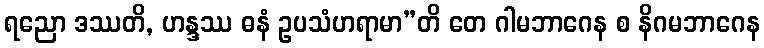
ရညော ဒဿတိ, ဟန္ဒဿ ဓနံ ဥပသံဟရာမာ”တိ တေ ဂါမဘာဂေန စ နိဂမဘာဂေန